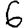
Digit: 6